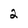
Character: 2